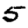
Digit: 5